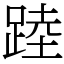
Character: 踛